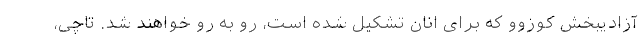
آزادیبخش کوزوو که برای انان تشکیل شده است، رو به رو خواهند شد. تاچی،